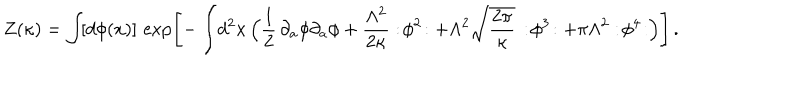
Z ( \kappa ) = \int \! [ d \phi ( x ) ] \, \exp \Biggl [ - \int \! d ^ { 2 } x \, \Bigl ( { \frac { 1 } { 2 } } \, \partial _ { a } \phi \partial _ { a } \phi + { \frac { \Lambda ^ { 2 } } { 2 \kappa } } : \! \phi ^ { 2 } \! : + \Lambda ^ { 2 } \sqrt { \frac { 2 \pi } { \kappa } } \, : \! \phi ^ { 3 } \! : + \pi \Lambda ^ { 2 } : \! \phi ^ { 4 } \! : \Bigr ) \Biggr ] \, .